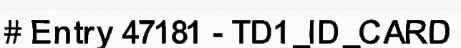
# Entry 47181 - TD1_ID_CARD